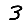
Digit: 3